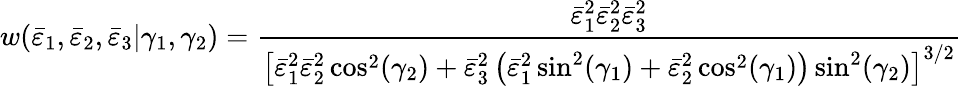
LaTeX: w(\bar{\varepsilon}_{1},\bar{\varepsilon}_{2},\bar{\varepsilon}_{3}|\gamma_{1},\gamma_{2})=\frac{\bar{\varepsilon}_{1}^{2}\bar{\varepsilon}_{2}^{2}\bar{\varepsilon}_{3}^{2}}{\left[\bar{\varepsilon}_{1}^{2}\bar{\varepsilon}_{2}^{2}\cos^{2}(\gamma_{2})+\bar{\varepsilon}_{3}^{2}\left(\bar{\varepsilon}_{1}^{2}\sin^{2}(\gamma_{1})+\bar{\varepsilon}_{2}^{2}\cos^{2}(\gamma_{1})\right)\sin^{2}(\gamma_{2})\right]^{3/2}}